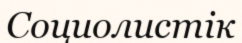
Социолистік